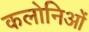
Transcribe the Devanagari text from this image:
कलोनिओं